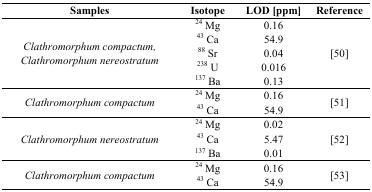
<table><thead><tr><td><b>Samples</b></td><td><b>Isotope</b></td><td><b>LOD [ppm]</b></td><td><b>Reference</b></td></tr></thead><tbody><tr><td rowspan="5"><i>Clathromorphum compactum, Clathromorphum nereostratum</i></td><td><sup>24</sup> Mg</td><td>0.16</td><td rowspan="5">[50]</td></tr><tr><td><sup>43</sup> Ca</td><td>54.9</td></tr><tr><td><sup>88</sup> Sr</td><td>0.04</td></tr><tr><td><sup>238</sup> U</td><td>0.016</td></tr><tr><td><sup>137</sup> Ba</td><td>0.13</td></tr><tr><td rowspan="2"><i>Clathromorphum compactum</i></td><td><sup>24</sup> Mg</td><td>0.16</td><td rowspan="2">[51]</td></tr><tr><td><sup>43</sup> Ca</td><td>54.9</td></tr><tr><td rowspan="3"><i>Clathromorphum nereostratum</i></td><td><sup>24</sup> Mg</td><td>0.02</td><td rowspan="3">[52]</td></tr><tr><td><sup>43</sup> Ca</td><td>5.47</td></tr><tr><td><sup>137</sup> Ba</td><td>0.01</td></tr><tr><td rowspan="2"><i>Clathromorphum compactum</i></td><td><sup>24</sup> Mg</td><td>0.16</td><td rowspan="2">[53]</td></tr><tr><td><sup>43</sup> Ca</td><td>54.9</td></tr></tbody></table>